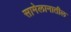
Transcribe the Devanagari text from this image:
सामेलानातील